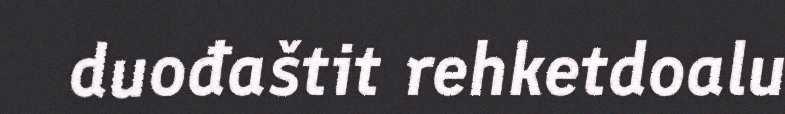
duođaštit rehketdoalu